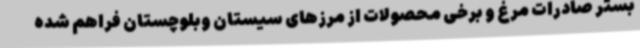
بستر صادرات مرغ و برخی محصولات از مرزهای سیستان وبلوچستان فراهم شده